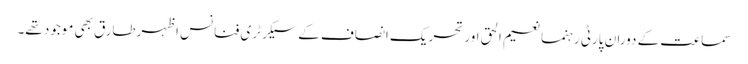
سماعت کے دوران پارٹی رہنما نعیم الحق اور تحریک انصاف کے سیکرٹری فنانس اظہرطارق بھی موجود تھے۔